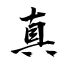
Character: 真